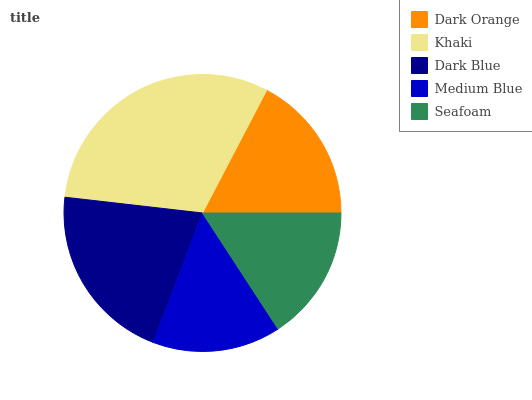
| Dark Orange | Khaki | Dark Blue | Medium Blue | Seafoam |
 | --- | --- | --- | --- | --- |
 | 17.3% | 30.9% | 21% | 15% | 15.8% |